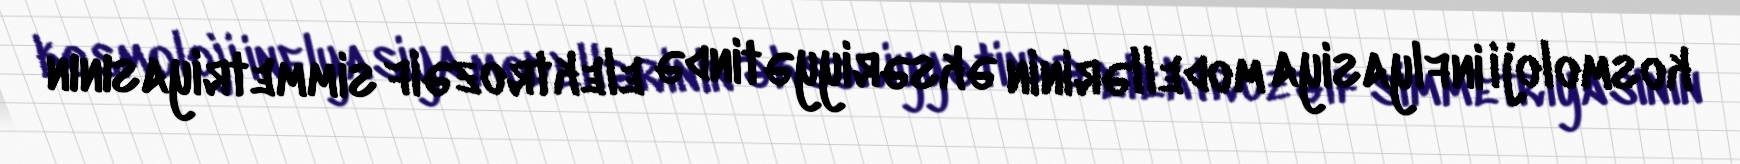
kosmoloji inflyasiya modellərinin əksəriyyətində elektrozəif simmetriyasının